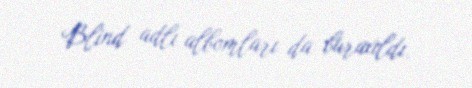
Blind adlı albomları da buraxıldı.